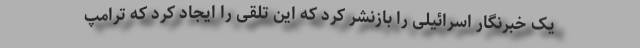
یک خبرنگار اسرائیلی را بازنشر کرد که این تلقی را ایجاد کرد که ترامپ